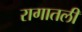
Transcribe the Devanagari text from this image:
रागातली